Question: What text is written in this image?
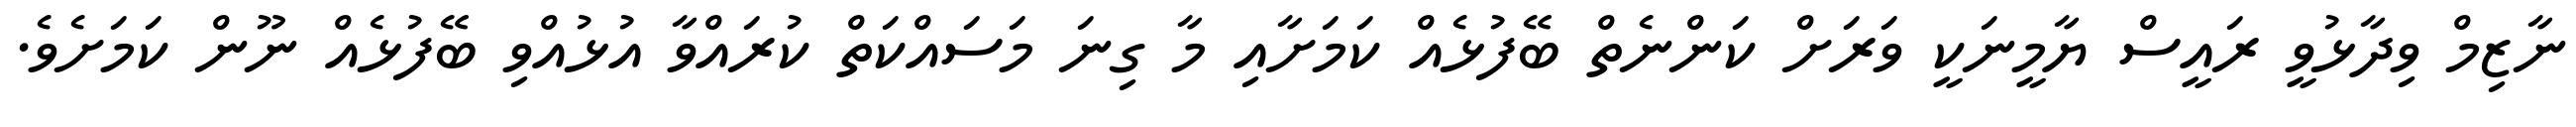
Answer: ނާޒިމް ވިދާޅުވީ ރައީސް ޔާމީނަކީ ވަރަށް ކަންނެތް ބޭފުޅެއް ކަމަށާއި މާ ގިނަ މަސައްކަތް ކުރައްވާ އުޅުއްވި ބޭފުޅެއް ނޫން ކަމަށެވެ.